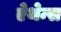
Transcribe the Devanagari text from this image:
ऐथेन्स